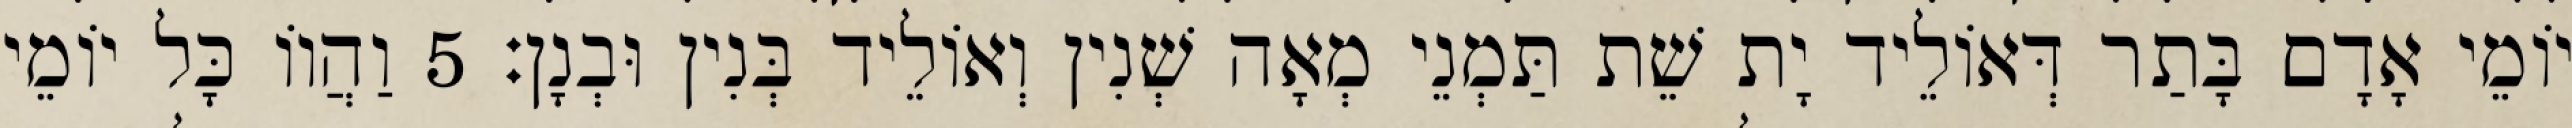
יוֹמֵי אָדָם בָּתַר דְּאוֹלֵיד יָת שֵׁת תַּמְנֵי מְאָה שְׁנִין וְאוֹלֵיד בְּנִין וּבְנָן׃ 5 וַהֲווֹ כָּל יוֹמֵי